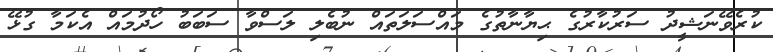
ކުރެވޭނަޝީދު ސަރުކާރުގެ ޙިޔާނާތުގެ މައްސަލަތައް ނުބެލި ލަސްވާ ސަބަބު ހޯދުމައް އެކަމާ ގުޅޭ